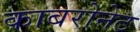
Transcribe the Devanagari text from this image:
काबरोनेट